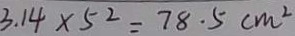
3 . 1 4 \times 5 ^ { 2 } = 7 8 . 5 c m ^ { 2 }